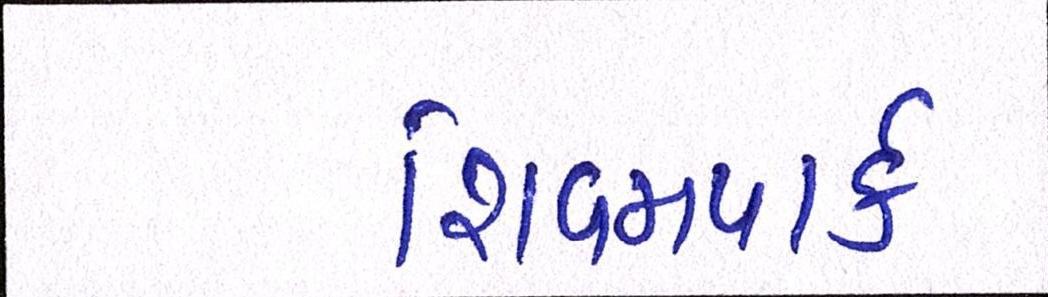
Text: શિવમપાર્ક